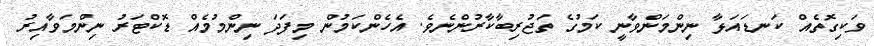
ވަކިގޮތެއް ކަނޑައަޅާ ނިންމަންވާނީ ކަމުގެ ތަޖުރިބާކާރުންނެވެ. އެހެންކަމުން މިފަދަ ނިންމުމެއް ޑޮކްޓަރު ނިންމަވާއިރު